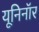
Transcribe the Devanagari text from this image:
यूनिनॉर